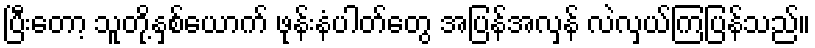
ပြီးတော့ သူတို့နှစ်ယောက် ဖုန်းနံပါတ်တွေ အပြန်အလှန် လဲလှယ်ကြပြန်သည်။